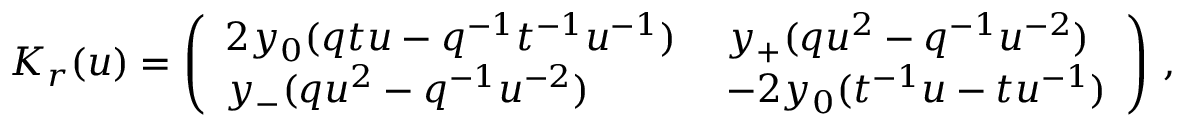
K _ { r } ( u ) = \left( \begin{array} { l l } { { 2 y _ { 0 } ( q t u - q ^ { - 1 } t ^ { - 1 } u ^ { - 1 } ) \; } } & { { y _ { + } ( q u ^ { 2 } - q ^ { - 1 } u ^ { - 2 } ) } } \\ { { y _ { - } ( q u ^ { 2 } - q ^ { - 1 } u ^ { - 2 } ) \; } } & { { - 2 y _ { 0 } ( t ^ { - 1 } u - t u ^ { - 1 } ) } } \end{array} \right) \, ,